Indian journal of veterinary science and animal husbandry - Volume 9,
Year: 1939
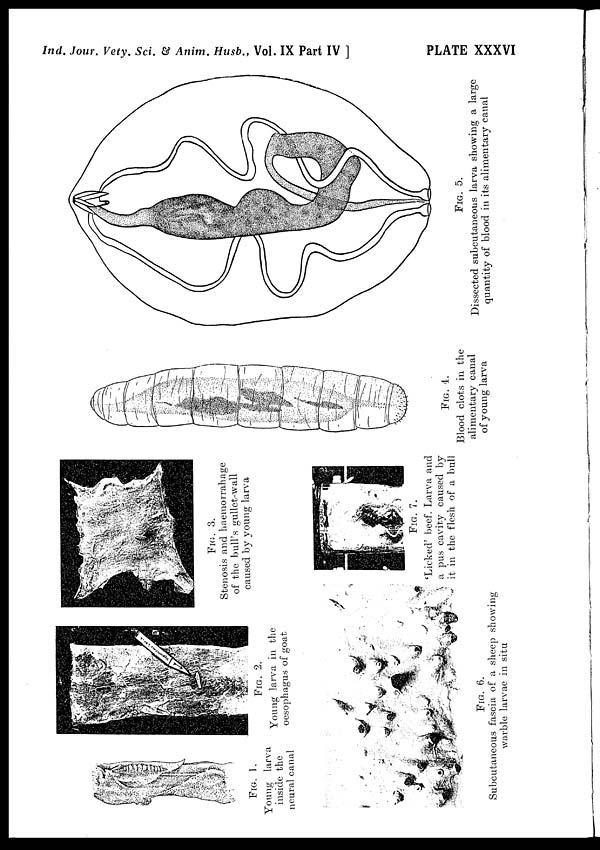
Ind. Jour. Vety. Sci. & Anim. Husb., Vol. IX Part IV ]
PLATE XXXVI
FIG. 1.
Young larva
inside the
neural canal
FIG. 2.
Young larva in the
oesophagus of goat
FIG. 3.
Stenosis and haemorrahage
of the bull's gullet-wall
caused by young larva
FIG. 4.
Blood clots in. the
alimentary canal
of young larva
FIG. 5.
Dissected subcutaneous larva showing a large
quantity of blood in its alimentary canal
FIG. 6.
Subcutaneous fascia of a sheep showing
warble larvae in situ
FIG. 7.
'Licked' beef. Larva and
a pus cavity caused by
it in the flesh of a bull